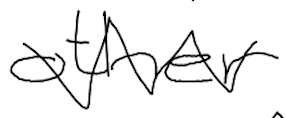
Text: other
Cross-out: zig-zag
Writing tool: digital_black